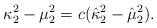
LaTeX: \begin{align*}\kappa_2^2-\mu_2^2=c(\hat{\kappa}_2^2-\hat{\mu}_2^2).\end{align*}